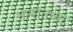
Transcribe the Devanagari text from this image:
भानोतच्या